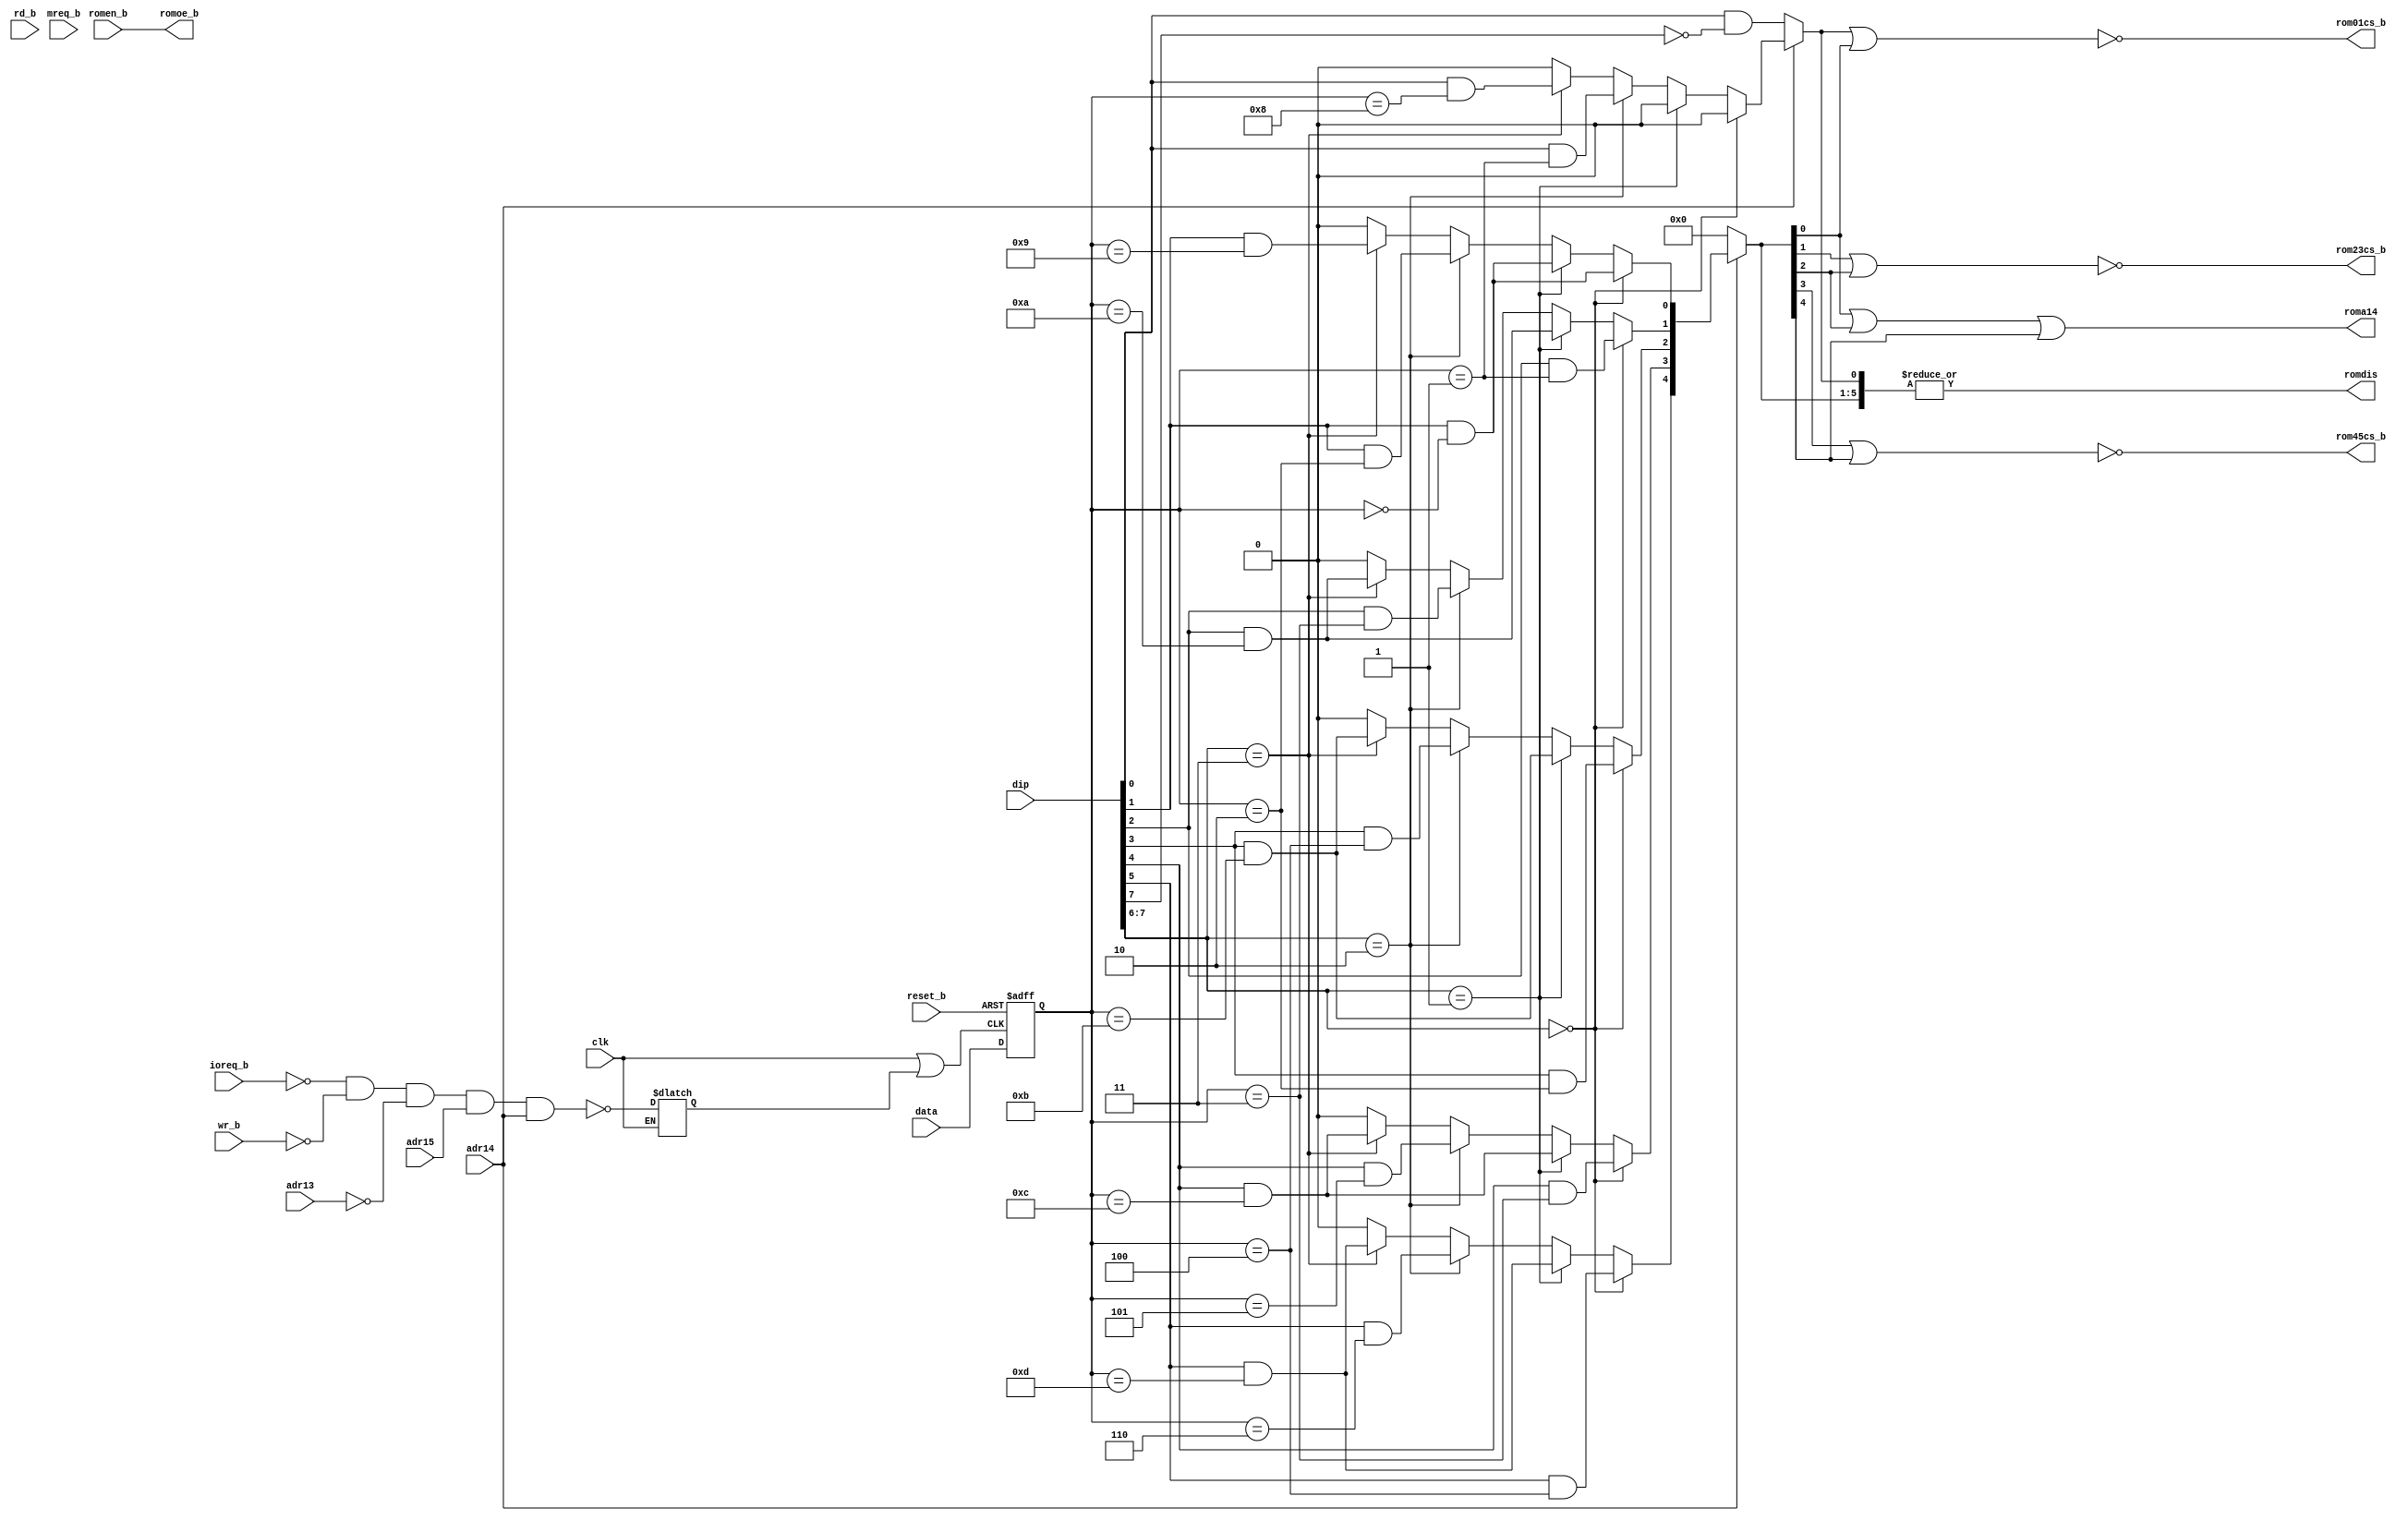
module cpld_sixrom(dip, reset_b,adr15,adr14,adr13,ioreq_b,mreq_b,romen_b,wr_b,rd_b,data,romdis,rom01cs_b,rom23cs_b, rom45cs_b,  clk, romoe_b, roma14);


  input [7:0] dip;  
  input reset_b;
  input adr15;
  input adr14;
  input adr13;
  input ioreq_b;
  input mreq_b;
  input romen_b;
  input wr_b;
  input rd_b;
  input [7:0] data;
  input  clk;
  output romdis;
  output rom01cs_b;
  output rom23cs_b;
  output rom45cs_b;  
  output romoe_b;
  output roma14;
   
  
  reg       clken_lat_qb;
  reg [7:0] romsel_q;
  reg [5:0] rom16k_cs_r ;

  assign rom01cs_b = !(rom16k_cs_r[0] | rom16k_cs_r[1]) ;
  assign rom23cs_b = !(rom16k_cs_r[2] | rom16k_cs_r[3]) ;
  assign rom45cs_b = !(rom16k_cs_r[4] | rom16k_cs_r[5]) ;  
  assign roma14    =   rom16k_cs_r[1] | rom16k_cs_r[3] | rom16k_cs_r[5];

  assign romoe_b  = romen_b;
  assign romdis = | rom16k_cs_r ;

  // DIP switches and numbered 1-8 on the board, but 0-7 in the Verilog code  
  // DIP 0 = enable lower ROM SKT01
  // DIP 1 = enable upper ROM SKT01
  // DIP 2 = enable lower ROM SKT23    
  // DIP 3 = enable upper ROM SKT23
  // DIP 4 = enable lower ROM SKT45    
  // DIP 5 = enable upper ROM SKT45
  // DIP 6 = }__ ROM number selection - see table below
  // DIP 7 = }
  
  // Create neg edge clock on IO write event - clock low pulse will be suppressed if not an IOWR* event
  // but if the pulse is allowed through use the trailing (rising) edge to capture data
  wire      wclk    = !(clk|clken_lat_qb); 

  always @ ( clk )
    if ( clk )
      clken_lat_qb <= !(!ioreq_b && !wr_b && !adr13 && adr15 && adr14);
   
  always @ (negedge reset_b or posedge wclk )
    if ( !reset_b)
      romsel_q <= 8'b0;
    else
      romsel_q <= data; 

  always @ ( * ) 
    begin
      rom16k_cs_r = 6'b0;   
      if (!adr14)
        rom16k_cs_r[0] = ( dip[0] & (dip[7]==1'b0));
      else   
        if ( dip[7:6]== 2'b00 ) begin
          // Firmware and BASIC replacement in SKT01, ROMS 1-4 in others
          rom16k_cs_r[0] = 1'b0 ;          
          rom16k_cs_r[1] = dip[1] & ( romsel_q == 8'h0 ) ;
          rom16k_cs_r[2] = dip[2] & ( romsel_q == 8'h1 ) ;
          rom16k_cs_r[3] = dip[3] & ( romsel_q == 8'h2 ) ;
          rom16k_cs_r[4] = dip[4] & ( romsel_q == 8'h3 ) ;
          rom16k_cs_r[5] = dip[5] & ( romsel_q == 8'h4 ) ;        
        end
        else if ( dip[7:6]== 2'b01 ) begin
          // FutureOS autoboot configuration - replacement lower ROM + FOS in slots 10-13
          rom16k_cs_r[0] = 1'b0 ;          
          rom16k_cs_r[1] = dip[1] & ( romsel_q == 8'h0 ) ;
          rom16k_cs_r[2] = dip[2] & ( romsel_q == 8'hA ) ;
          rom16k_cs_r[3] = dip[3] & ( romsel_q == 8'hB ) ;
          rom16k_cs_r[4] = dip[4] & ( romsel_q == 8'hC ) ;
          rom16k_cs_r[5] = dip[5] & ( romsel_q == 8'hD ) ;                
        end
        else if ( dip[7:6]== 2'b10 ) begin
          // ROMS 1-6
          rom16k_cs_r[0] = dip[0] & ( romsel_q == 8'h1 ) ;
          rom16k_cs_r[1] = dip[1] & ( romsel_q == 8'h2 ) ;
          rom16k_cs_r[2] = dip[2] & ( romsel_q == 8'h3 ) ;
          rom16k_cs_r[3] = dip[3] & ( romsel_q == 8'h4 ) ;
          rom16k_cs_r[4] = dip[4] & ( romsel_q == 8'h5 ) ;
          rom16k_cs_r[5] = dip[5] & ( romsel_q == 8'h6 ) ;                
        end
        else if ( dip[7:6]== 2'b11 ) begin
          // ROMS 8-13
          rom16k_cs_r[0] = dip[0] & ( romsel_q == 8'h8 ) ;
          rom16k_cs_r[1] = dip[1] & ( romsel_q == 8'h9 ) ;
          rom16k_cs_r[2] = dip[2] & ( romsel_q == 8'hA ) ;
          rom16k_cs_r[3] = dip[3] & ( romsel_q == 8'hB ) ;
          rom16k_cs_r[4] = dip[4] & ( romsel_q == 8'hC ) ;
          rom16k_cs_r[5] = dip[5] & ( romsel_q == 8'hD ) ;                
        end
    end // always @ ( * )
  
          
  
endmodule